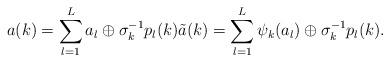
LaTeX: \begin{align*}a(k)= \sum_{l=1}^L a_l \oplus \sigma_k^{-1} p_l(k) \tilde{a}(k)=\sum_{l=1}^L \psi_k(a_l) \oplus \sigma_k^{-1} p_l(k).\end{align*}